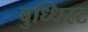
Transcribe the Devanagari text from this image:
बुध्धिस्ट